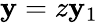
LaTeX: \mathbf{y}=z\mathbf{y}_{1}